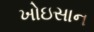
ખોઇસાન